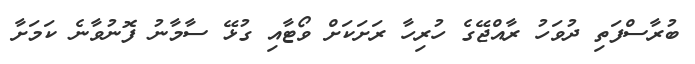
ބުރާސްފަތި ދުވަހު ރާއްޖޭގެ ހުރިހާ ރަށަކަށް ވޯޓާއި ގުޅޭ ސާމާނު ފޮނުވާނެ ކަމަށާ